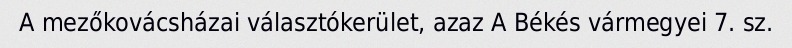
A mezőkovácsházai választókerület, azaz A Békés vármegyei 7. sz.